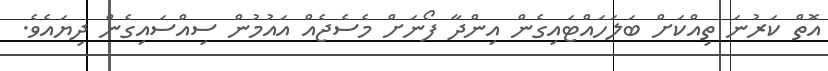
އޮތް ކަރުނަ ތިއްކަށް ބަލަހައްޓައިގެން އިންދާ ފޯނަށް މެސެޖެއް އައުމުން ސިއްސައިގެން ދިޔައެވެ.